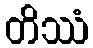
တိဿံ